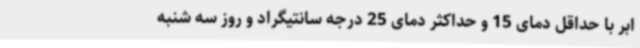
ابر با حداقل دمای 15 و حداکثر دمای 25 درجه سانتیگراد و روز سه شنبه